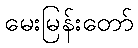
မေးမြန်းတော်